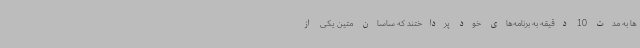
ها به مدت 10 دقیقه به برنامه‌های خود پرداختند که ساسان متین یکی از